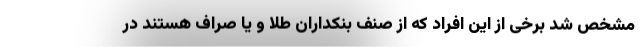
مشخص شد برخی از این افراد که از صنف بنکداران طلا و یا صراف هستند در